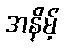
အနိမ့်